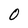
Character: 0